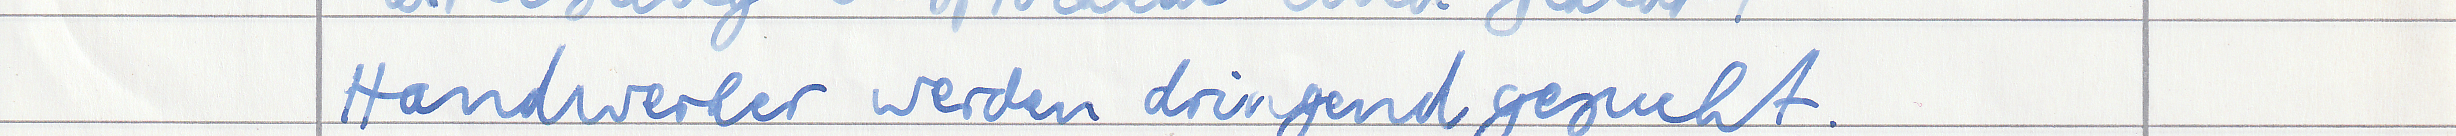
Handwerker werden dringend gesucht.